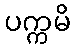
ပက္ကမိ